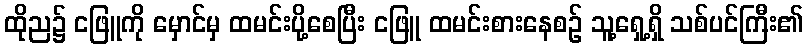
ထိုည၌ ငဖြူကို မှောင်မှ ထမင်းပို့စေပြီး ငဖြူ ထမင်းစားနေစဉ် သူ့ရှေ့ရှိ သစ်ပင်ကြီး၏